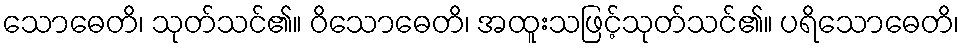
သောဓေတိ၊ သုတ်သင်၏။ ဝိသောဓေတိ၊ အထူးသဖြင့်သုတ်သင်၏။ ပရိသောဓေတိ၊